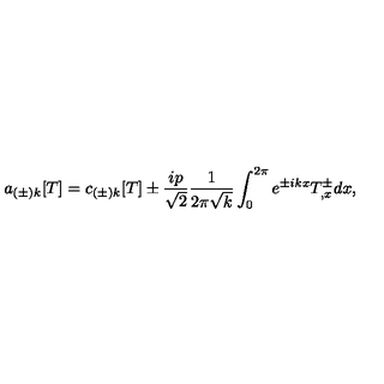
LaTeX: a _ { ( \pm ) k } [ T ] = c _ { ( \pm ) k } [ T ] \pm { \frac { i p } { \sqrt { 2 } } } { \frac { 1 } { 2 \pi \sqrt { k } } } \int _ { 0 } ^ { 2 \pi } e ^ { \pm i k x } T _ { , x } ^ { \pm } d x ,